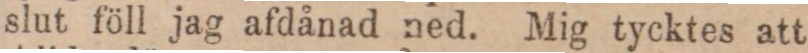
slut föll jag afdånad ned. Mig tycktes att